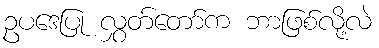
ဥပဒေပြု လွှတ်တော်က ဘာဖြစ်လို့လဲ